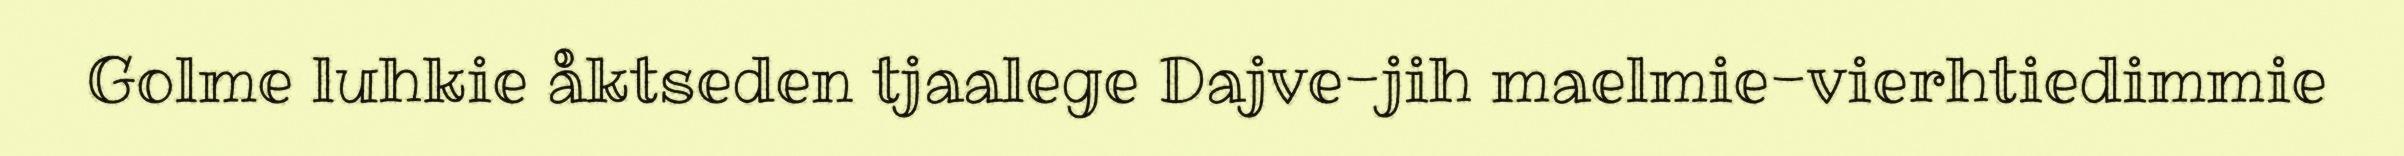
Golme luhkie åktseden tjaalege Dajve-jih maelmie-vierhtiedimmie